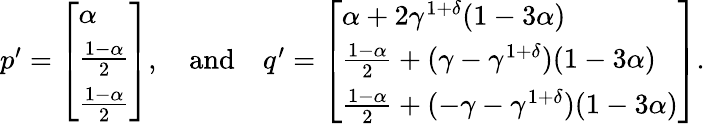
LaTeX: \begin{array}{r}{p^{\prime}=\left[\begin{array}{l}{\alpha}\\ {\frac{1-\alpha}{2}}\\ {\frac{1-\alpha}{2}}\end{array}\right],\quad\mathrm{and}\quad q^{\prime}=\left[\begin{array}{l}{\alpha+2\gamma^{1+\delta}(1-3\alpha)}\\ {\frac{1-\alpha}{2}+(\gamma-\gamma^{1+\delta})(1-3\alpha)}\\ {\frac{1-\alpha}{2}+(-\gamma-\gamma^{1+\delta})(1-3\alpha)}\end{array}\right].}\end{array}